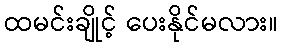
ထမင်းချိုင့် ပေးနိုင်မလား။